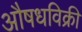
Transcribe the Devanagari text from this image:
औषधविक्री